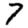
Digit: 7